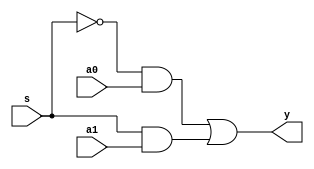
`timescale 1ns / 1ps

//Truth table
// s  a0  a1  y
// 0  0   0   0
// 0  0   1   0
// 0  1   0   1
// 0  1   1   1
// 1  0   0   0
// 1  0   1   1
// 1  1   0   0
// 1  1   1   1
// y = (a0.s') + (a1.s)

module mux2x1(
  input s,
  input a0,
  input a1,
  output y
);

  not (sbar,s);
  and (y1,sbar,a0);
  and (y2,s,a1);
  or (y,y1,y2);

endmodule